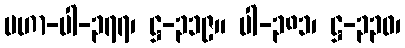
မဟာ-ပါ-၃၇၇၊ ဋ္ဌ-၃၁၉။ ပါ-၃၈၁၊ ဋ္ဌ-၃၃၀၊